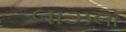
લાઝલો